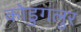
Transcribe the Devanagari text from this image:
कोडुंगलुर